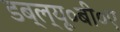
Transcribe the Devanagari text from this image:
डब्ल्यू०बी०ए